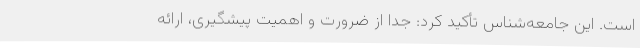
است. این جامعه‌شناس تأکید کرد: جدا از ضرورت و اهمیت پیشگیری، ارائه